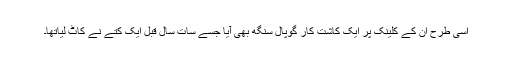
اسی طرح ان کے کلینک پر ایک کاشت کار گوپال سنگھ بھی آیا جسے سات سال قبل ایک کتے نے کاٹ لیاتھا۔